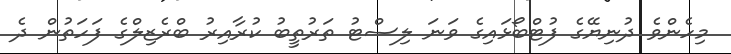
މިހެންވެ ދުނިޔޭގެ ފުޓްބޯޅައިގެ ވަނަ ލިސްޓު ތަރުތީބު ކުރާއިރު ބްރެޒިލްގެ ފަހަތުން ދެ